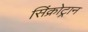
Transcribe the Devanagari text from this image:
सिंक्रोट्रान